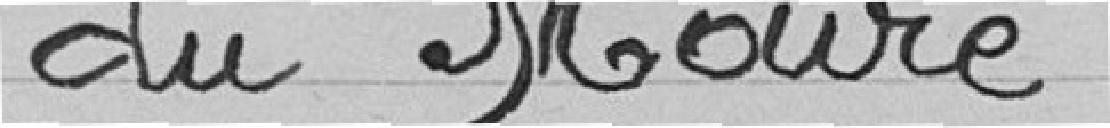
du Maire